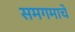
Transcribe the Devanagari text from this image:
समगमाचे